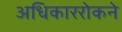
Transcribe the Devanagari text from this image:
अधिकाररोकने